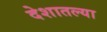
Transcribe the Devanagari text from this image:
देशातल्‍या